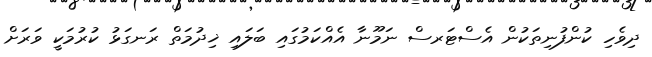
ދިވެހި ކުންފުނިތަކުން އެސްޓަރސް ނަމޫނާ އެއްކަމުގައި ބަލައި ޚިދުމަތް ރަނގަޅު ކުރުމަކީ ވަރަށް